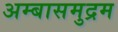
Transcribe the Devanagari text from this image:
अम्बासमुद्रम